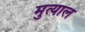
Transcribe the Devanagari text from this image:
मुत्याल